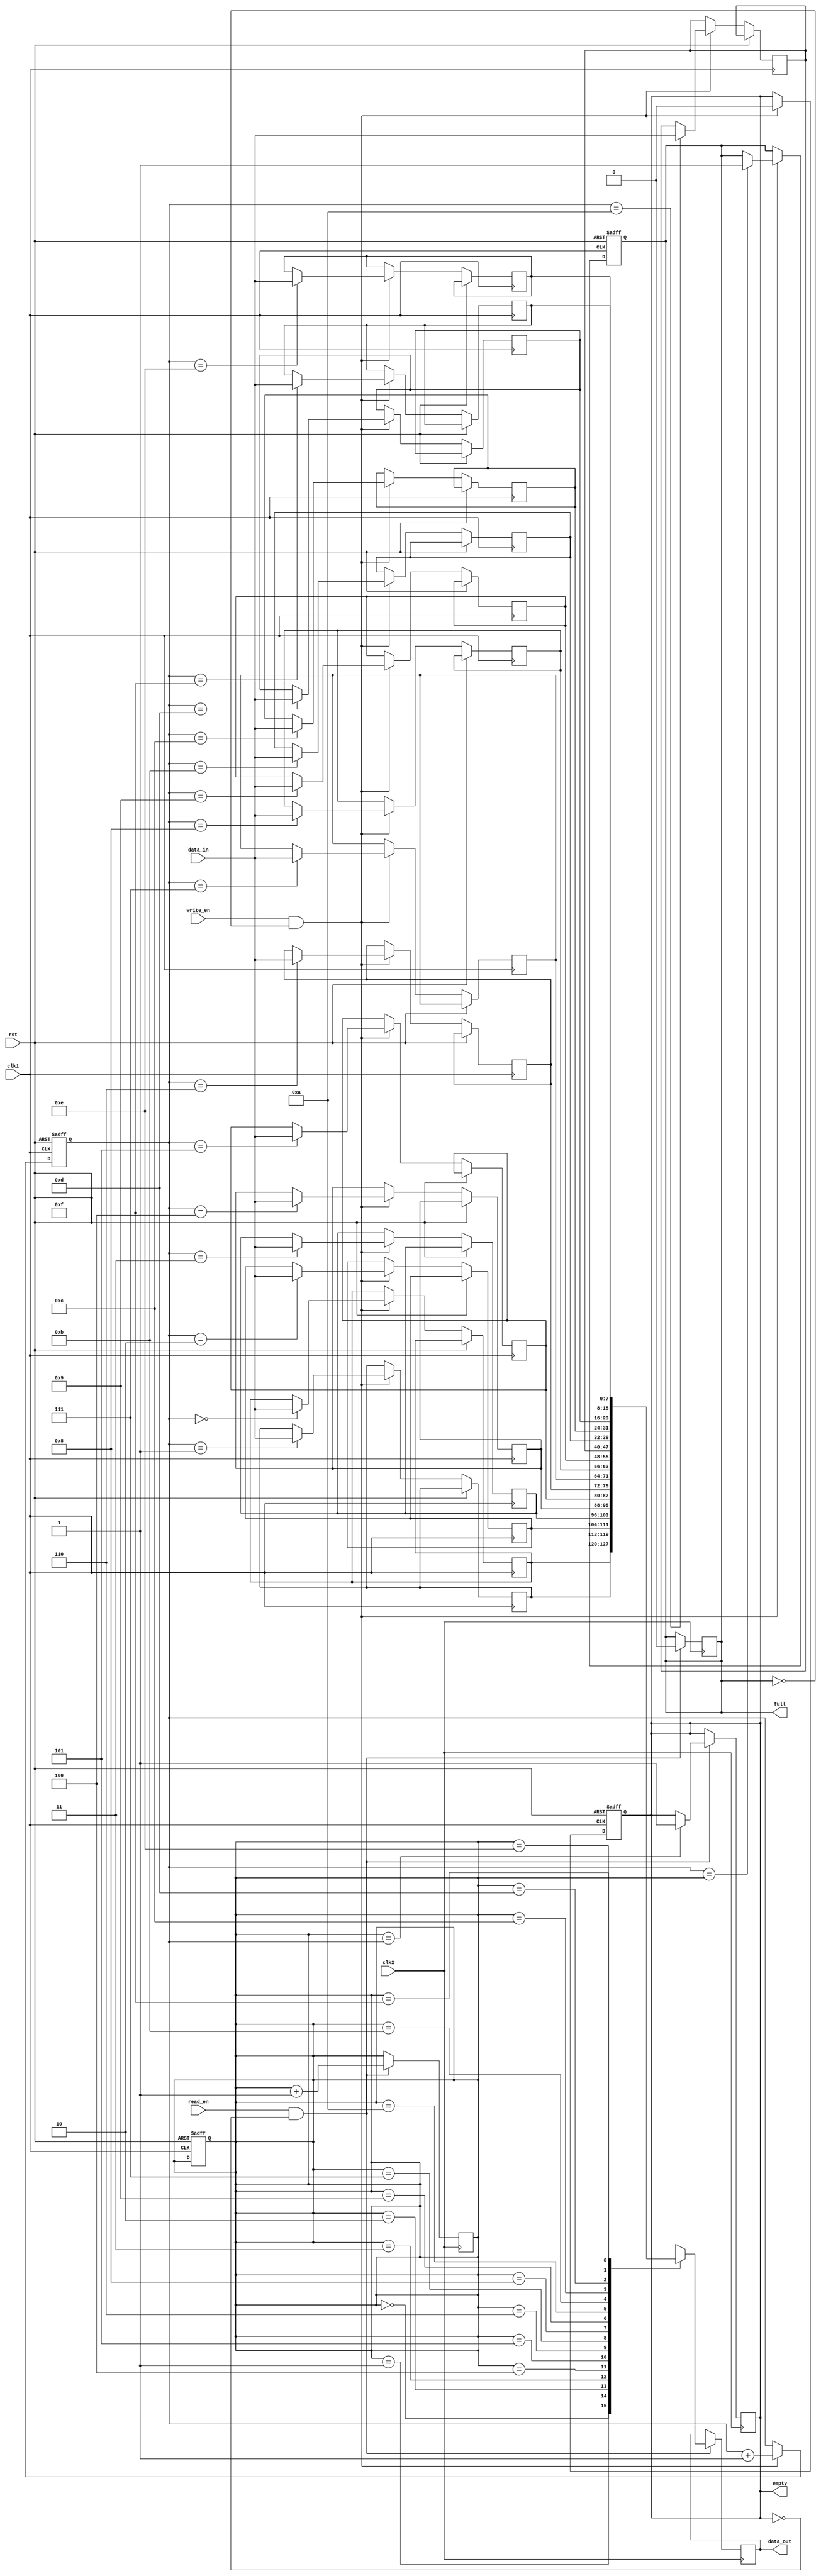
module level_sensitive_fifo(
    input wire clk1,
    input wire clk2,
    input wire rst,
    input wire write_en,
    input wire read_en,
    input wire [DATA_WIDTH-1:0] data_in,
    output reg [DATA_WIDTH-1:0] data_out,
    output reg empty,
    output reg full
);

parameter DATA_WIDTH = 8;
parameter DEPTH = 16;
reg [DATA_WIDTH-1:0] fifo [0:DEPTH-1];
reg [3:0] write_ptr;
reg [3:0] read_ptr;

always @(posedge clk1 or posedge rst) begin
    if (rst) begin
        write_ptr <= 0;
        read_ptr <= 0;
        empty <= 1;
        full <= 0;
    end else if (write_en && !full) begin
        fifo[write_ptr] <= data_in;
        write_ptr <= write_ptr + 1;
        empty <= 0;
        if (write_ptr == read_ptr) begin
            full <= 1;
        end
    end
end

always @(posedge clk2) begin
    if (read_en && !empty) begin
        data_out <= fifo[read_ptr];
        read_ptr <= read_ptr + 1;
        full <= 0;
        if (read_ptr == write_ptr) begin
            empty <= 1;
        end
    end
end

endmodule